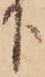
下